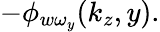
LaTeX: -\phi_{w\omega_{y}}(k_{z},y).